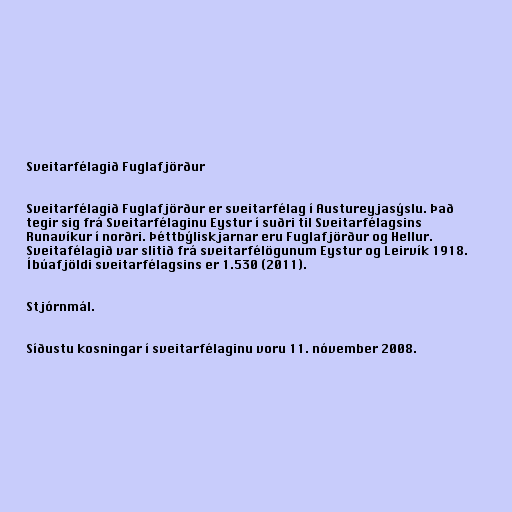
Sveitarfélagið Fuglafjörður

Sveitarfélagið Fuglafjörður er sveitarfélag í Austureyjasýslu. Það
tegir sig frá Sveitarfélaginu Eystur í suðri til Sveitarfélagsins
Runavíkur í norðri. Þéttbýliskjarnar eru Fuglafjörður og Hellur.
Sveitafélagið var slitið frá sveitarfélögunum Eystur og Leirvík 1918.
Íbúafjöldi sveitarfélagsins er 1.530 (2011).

Stjórnmál.

Síðustu kosningar í sveitarfélaginu voru 11. nóvember 2008.